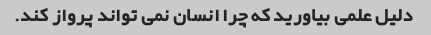
دلیل علمی بیاورید که چرا انسان نمی تواند پرواز کند.